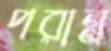
পরান্ন